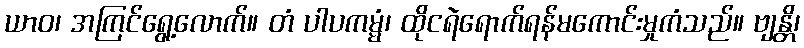
ယာဝ၊ အကြင်ရွေ့လောက်။ တံ ပါပကမ္မံ၊ ထိုငရဲရောက်ရန်မကောင်းမှုကံသည်။ ဗျန္တိ၊